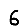
Digit: 6